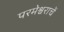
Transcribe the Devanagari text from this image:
परमेश्वराचें